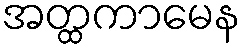
အတ္ထကာမေန